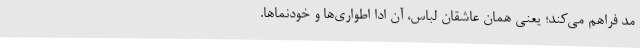
مُد فراهم می‌کند؛ یعنی همان عاشقان لباس، آن ادا اطواری‌ها و خودنماها.